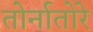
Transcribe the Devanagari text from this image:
तोर्नातोरे